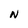
Character: N